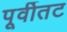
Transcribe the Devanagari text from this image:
पूर्वीतट